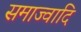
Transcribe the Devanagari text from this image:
समाज्वादि